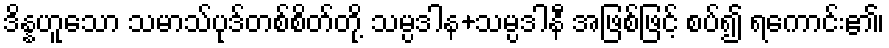
ဒိန္နဟူသော သမာသ်ပုဒ်တစ်စိတ်တို့ သမ္ပဒါန+သမ္ပဒါနီ အဖြစ်ဖြင့် စပ်၍ ရကောင်း၏၊